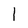
Character: 1